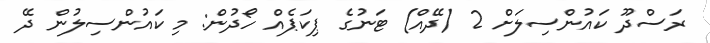
ރަސްދޫ ކައުންސިލަށް 2 (ދޭއް) ޓަނުގެ ޕިކަޕެއް ހޯދުން: މި ކައުންސިލުން ދޭ